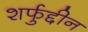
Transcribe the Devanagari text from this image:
शर्फुद्दीन